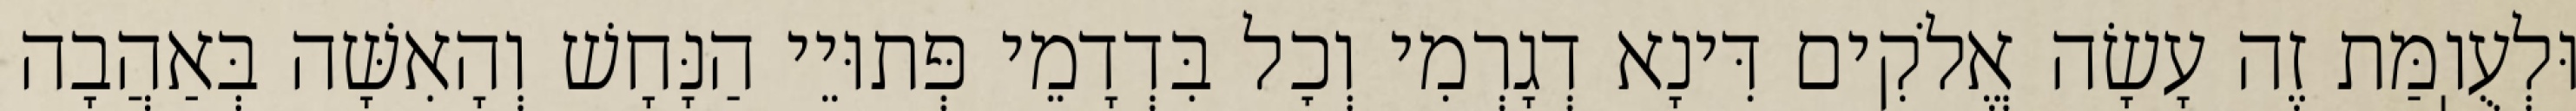
וּלְעֻוֽמַּת זֶה עָשָׂה אֱלֹקִים דִּינָא דְגָרְמִי וְכׇל בִּדְדָמֵי פְּתוּיֵי הַנָּחָשׁ וְהָאִשָּׁה בְּאַהֲבָה